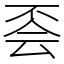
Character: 𠀾